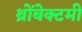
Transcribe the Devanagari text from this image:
थ्रोंबेक्टमी